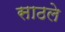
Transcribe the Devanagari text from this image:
साठले